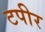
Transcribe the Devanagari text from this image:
टपीर